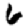
Digit: 6